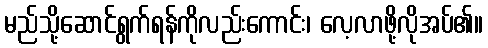
မည်သို့ဆောင်ရွက်ရန်ကိုလည်းကောင်း၊ လေ့လာဖို့လိုအပ်၏။